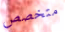
متخصص